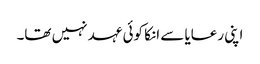
اپنی رعایا سے انکا کوئی عہد نہیں تھا۔